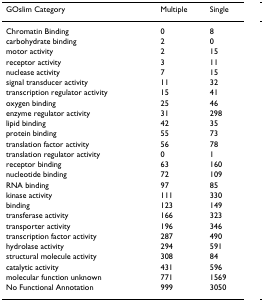
| GOslim Category | Multiple | Single |
 | --- | --- | --- |
 | Chromatin Binding | 0 | 8 |
 | carbohydrate binding | 2 | 0 |
 | motor activity | 2 | 15 |
 | receptor activity | 3 | 11 |
 | nuclease activity | 7 | 15 |
 | signal transducer activity | 11 | 32 |
 | transcription regulator activity | 15 | 41 |
 | oxygen binding | 25 | 46 |
 | enzyme regulator activity | 31 | 298 |
 | lipid binding | 42 | 35 |
 | protein binding | 55 | 73 |
 | translation factor activity | 56 | 78 |
 | translation regulator activity | 0 | 1 |
 | receptor binding | 63 | 160 |
 | nucleotide binding | 72 | 109 |
 | RNA binding | 97 | 85 |
 | kinase activity | 111 | 330 |
 | binding | 123 | 149 |
 | transferase activity | 166 | 323 |
 | transporter activity | 196 | 346 |
 | transcription factor activity | 287 | 490 |
 | hydrolase activity | 294 | 591 |
 | structural molecule activity | 308 | 84 |
 | catalytic activity | 431 | 596 |
 | molecular function unknown | 771 | 1569 |
 | No Functional Annotation | 999 | 3050 |